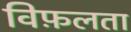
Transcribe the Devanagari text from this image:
विफ़लता